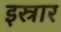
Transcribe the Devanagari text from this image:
इस्रार